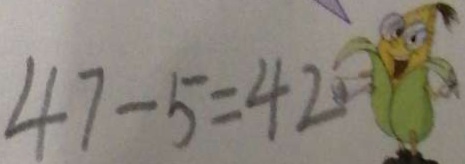
4 7 - 5 = 4 2